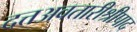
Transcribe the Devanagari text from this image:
दत्तअवतारीश्रीपाद